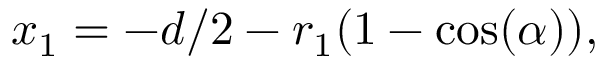
\begin{array} { r } { x _ { 1 } = - d / 2 - r _ { 1 } ( 1 - \cos ( \alpha ) ) , } \end{array}